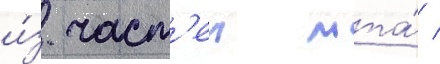
и́з част'еи мта́ /